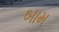
બામ